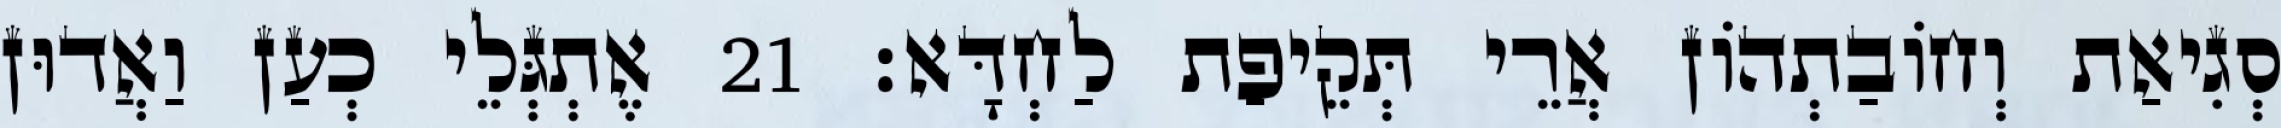
סְגִיאַת וְחוֹבַתְהוֹן אֲרֵי תְּקֵיפַת לַחְדָּא׃ 21 אֶתְגְּלֵי כְעַן וַאֲדוּן